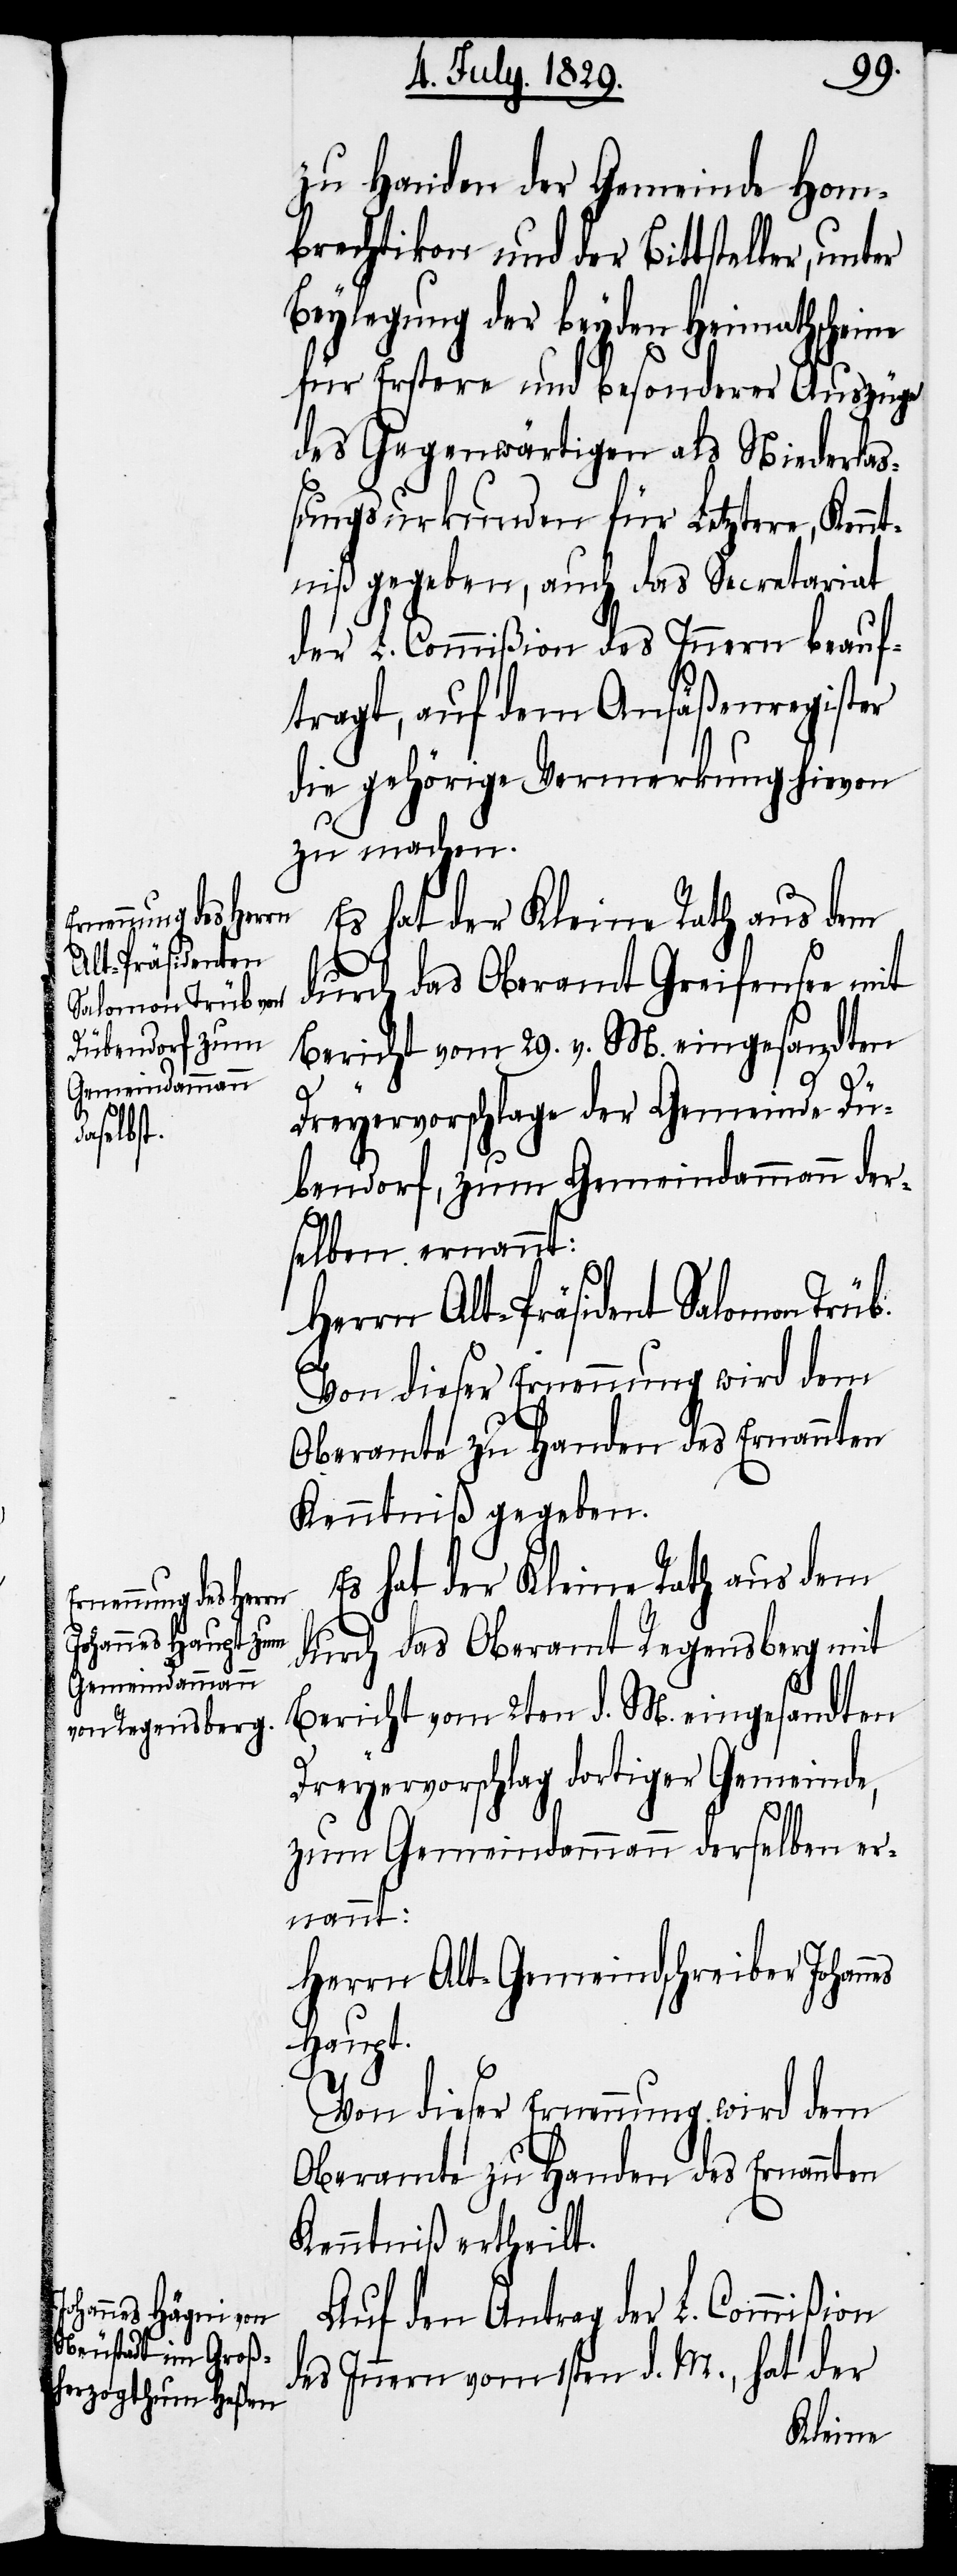
Alt-Präsidenten
Salomon Trüb.

zu Handen der Gemeinde Hom¬
brechtikon und der Bittsteller, unt¬
Beylegung der beyden Heimathscheine
für Erstere und besonderer Auszüge
des Gegenwärtigen als Niederlaß¬
ungsurkunde für Letztere, Ken¬
ntniß gegeben, auch das Secretariat
der L. Commißion des Innern beauf¬
tragt, auf dem Ansäßenregister
die gehörige Vermerkung hievon
zu machen.
Es hat der Kleine Rath aus dem
durch das Oberamt Greifensee mit
Bericht vom 29. v. M. eingesandten
nes
Dreyervorschlage der Gemeinde Dü¬
bendorf, zum Gemeindammann der¬
selben ernannt:
Von dieser Ernennung wird dem
Oberamte zu Handen des Ernannten
Kenntniß gegeben.
Es hat der Kleine Rath aus dem
durch das Oberamt Regensberg mit
Bericht vom 2ten d. M. eingesandten
Dreyervorschlag dortiger Gemeinde,
zum Gemeindammann derselben er¬
nannt:
Herr Alt-Gemeindschreiber Johan¬
Haupt.
Kenntniß ertheilt.
Auf den Antrag der L. Commißion
des Innern vom 1sten d. M., hat der